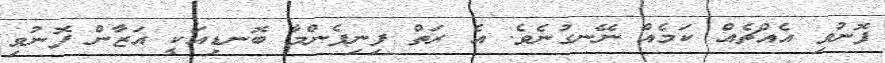
ފޮނުވި އެއްޗެއް ކަމެއް ނޭނގުނެވެ. އެ ރަތް ފިނިފެންމާ ބޮނޑިއަކީ އަޒާން ފޮނުވި